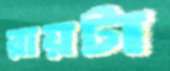
রায়টা